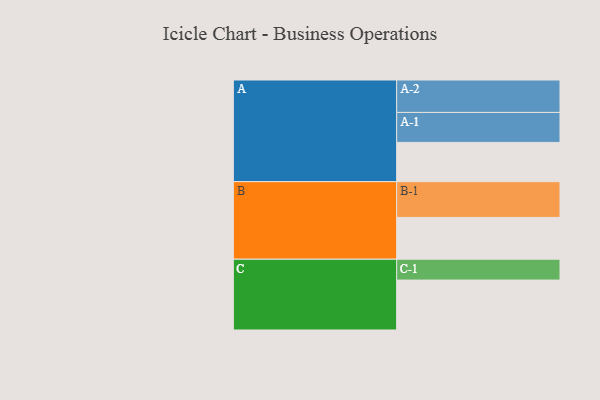
{"axis": {"x": "Segment", "y": "Value"}, "legend": ["", "A", "B", "C"], "data": [{"x": "A", "y": 305, "type": ""}, {"x": "B", "y": 325, "type": ""}, {"x": "C", "y": 388, "type": ""}, {"x": "A-1", "y": 233, "type": "A"}, {"x": "A-2", "y": 252, "type": "A"}, {"x": "B-1", "y": 278, "type": "B"}, {"x": "C-1", "y": 162, "type": "C"}]}